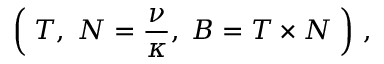
\left( \; T , \; N = \frac { \nu } { \kappa } , \; B = T \times N \; \right) \, ,